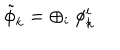
\tilde { \phi } _ { k } = \oplus _ { i } \ \phi _ { k } ^ { i }